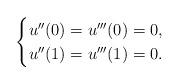
LaTeX: \begin{align*}\begin{cases}u''(0)=u'''(0)=0,\\u''(1)=u'''(1)=0.\end{cases}\end{align*}